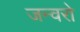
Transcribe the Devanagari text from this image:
जन्वरो